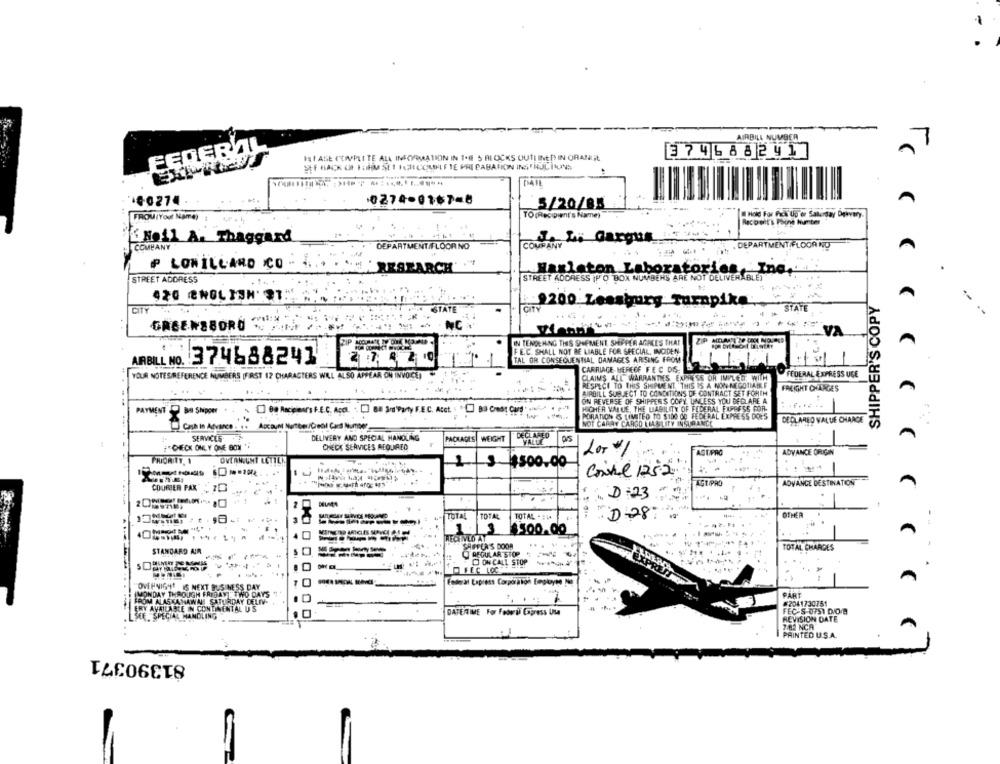
AIRBILL NUMBER
EEDERVIL
3746 8 8 2 4 1
HFASE CENVPLITE ALL INFORMATION IN THE 5 BLOCKS OUTLINEIN ORANit
STF BACK OF FORM SET ICH COLEHET TE PRE CABAFION INSTRUCTIONS
100274
0274-0187-8
5/20/85
TO (Recipient's Name)
Hold For Pack Lip or Saturday Dgivery.
FROM(Your Name)
Recipeet's Phone Number
Holl A. Thaggard
COMPANY
Le Gargus
. DEPARTMENT/FLOOR NO
COMPANY
DEPARTMENT/FLOOR NO
P LON ILLARD CO
RESEARCH'
STREET ADDRESS (P O BOX NUMBERS ARE NOT DELIVERABLE)
Hazleton Laboratories
STREET ADDRESS
420 ENGLISH' ?
SHIPPER'S COPY
200 Leesburg Turnpike
CITY .
STATE
CITY
STATE
..
NC
IN TENDENING THIS SHEMENT, SHEPPER AGREES THAT
FE.C. SHALL NOT BE LIABLE FOR SPECIAL, INCIDEN.
TAL OR CONSEQUENTIAL DAMAGES ARISING FROM
AABILL NO. 374688241
27940
YOUR NOTESREFERENCE NUMBERS FIRST 12 CHARACTERS WILL ALSO APPEAR ON INVOICE)
CARRIAGE HEREFF FEC DES
FEDERAL EXPRESS USE
CLAIMS ALL WARRANTIES EXPRESS OR IMILED WITH
RESPECT TO THIS SHIPMENT. THIS IS A NON-NEGOTIABLE
FREIGHT CHARGES
AIRBILL SUBJECT TO CONCATIONS OF CONTRACT SET FOREN
ON REVERSE OF SHIPPERS COPY, UNLESS YOU BEDLARE A
: .....
PAYMENT Bo Shipper.
· 00 Recours F.E.C. Aca. 88 3rd Party F.E.C. Acet 83 Credit Card : -
HIGHER VALUE, THE LIABILITY OF FEDERAL FUPRESS POR.
PORATION & LIMITED TO $100 00 FEDERAL EXPRESS DOES
DECLARED VALUE CHARGE
ADDUM Number/Credit Card Number
NOT CARRY CARGO LIASLITY INSURANCE
DECLARED
SERVICES
DELIVERY AND SPECIAL HANDLING
PACKAGES WEIGHT
"CHECK ONLY ONE BON "
CHEDE SERVICES ACQUIRED
Lor #1
ASUPRO
ADVANCE ORIGIN
OVLAMUNÝ LETILN
1
$500.00
..
Corte 1252
AGT/PHO
ADVANCE DESTINATION
COURIER FAX
D :23
-----
TOTAL
TOTAL
TOTAL - #4+
: :
D.28:
OTHER
$500.00
-
HECENEO AT
STANDARD AIR
SAFFCAN'S DOOR
... .
TOTAL CHARGES
REGULAR STOP
O ONCALL STOP AUCH
.
FEC LOCH
Federal Express Corporaage Employee No
OVERNIGHT IS NEXT BUSINESS DAY
----------
MONDAY THROUGH FRIDAY TWO DAYS
PART
FROM ALASKANAWAN SATURDAY DELIV-
#2041730751
ERY AVAILABLE IN CONTINENTAL US
DATETIME For Federal Express Usa
FEC'S OFST DIO/B
SEE SPECIAL HANDLING
REVISION DATE
7.82 NCA
...
PAINTED U.S.A.
81390371